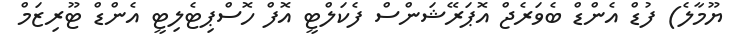
ޔޫމާލެ) ފުޑް އެންޑް ބެވަރެޖް އޮޕަރޭޝަންސް ފެކަލްޓީ އޮފް ހޮސްޕިޓެލިޓީ އެންޑް ޓޫރިޒަމް